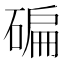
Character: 碥